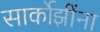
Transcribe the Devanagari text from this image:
सार्कोझींना